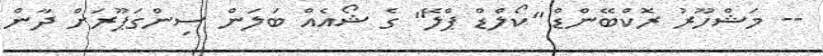
-- މަޝްހޫރު ރޮކްބޭންޑް "ކޯލްޑް ޕްލޭ" ގެ ޝޯއެއް ބަލަން ސިންގަޕޫރަށް ދާން